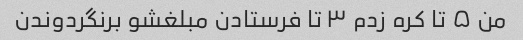
من ۵ تا کره زدم ۳ تا فرستادن مبلغشو برنگردوندن